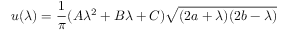
u ( \lambda ) = \frac { 1 } { \pi } ( A \lambda ^ { 2 } + B \lambda + C ) \sqrt { ( 2 a + \lambda ) ( 2 b - \lambda ) }